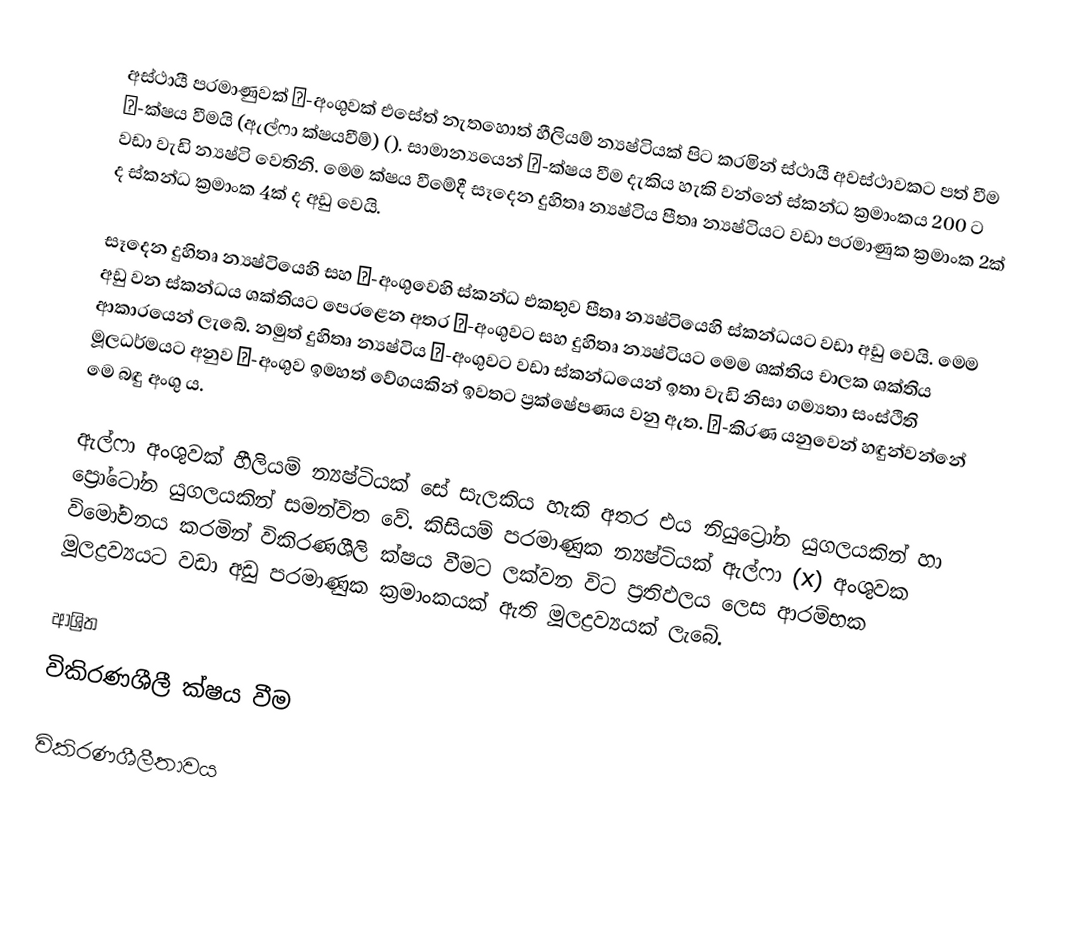
අස්ථායී පරමාණුවක් α-අංශුවක් එසේත් නැතහොත් හීලියම් න්‍යෂ්ටියක් පිට කරමින් ස්ථායී අවස්ථාවකට පත් වීම α-ක්ෂය වීමයි (ඇල්ෆා ක්ෂයවීම්) (). සාමාන්‍යයෙන් α-ක්ෂය වීම දැකිය හැකි වන්නේ ස්කන්ධ ක්‍රමාංකය 200 ට වඩා වැඩි න්‍යෂ්ටි වෙතිනි. මෙම ක්ෂය වීමේදී සෑදෙන දුහිතෘ න්‍යෂ්ටිය පීතෘ න්‍යෂ්ටියට වඩා පරමාණුක ක්‍රමාංක 2ක් ද ස්කන්ධ ක්‍රමාංක 4ක් ද අඩු වෙයි.

සෑදෙන දුහිතෘ න්‍යෂ්ටියෙහි සහ α-අංශුවෙහි ස්කන්ධ එකතුව පීතෘ න්‍යෂ්ටියෙහි ස්කන්ධයට වඩා අඩු වෙයි. මෙම අඩු වන ස්කන්ධය ශක්තියට පෙරළෙන අතර α-අංශුවට සහ දුහිතෘ න්‍යෂ්ටියට මෙම ශක්තිය චාලක ශක්තිය ආකාරයෙන් ලැබේ. නමුත් දුහිතෘ න්‍යෂ්ටිය α-අංශුවට වඩා ස්කන්ධයෙන් ඉතා වැඩි නිසා ගම්‍යතා සංස්ථිති මූලධර්මයට අනුව α-අංශුව ඉමහත් වේගයකින් ඉවතට ප්‍රක්ෂේපණය වනු ඇත. α-කිරණ යනුවෙන් හඳුන්වන්නේ මෙ බඳු අංශු ය.

ඇල්ෆා අංශුවක් හීලියම් න්‍යෂ්ටියක් සේ සැලකිය හැකි අතර එය නියුට්‍රෝන යුගලයකින් හා ප්‍රෝටෝන යුගලයකින් සමන්විත වේ. කිසියම් පරමාණුක න්‍යෂ්ටියක් ඇල්ෆා (x) අංශුවක විමෝචනය කරමින් විකිරණශීලි ක්ෂය වීමට ලක්වන විට ප්‍රතිඵලය ලෙස ආරම්භක මූලද්‍රව්‍යයට වඩා අඩු පරමාණුක ක්‍රමාංකයක් ඇති මූලද්‍රව්‍යයක් ලැබේ.

ආශ්‍රිත
 විකිරණශීලී ක්ෂය වීම

විකිරණශීලීතාවය